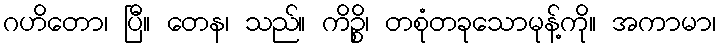
ဂဟိတော၊ ပြီ။ တေန၊ သည်။ ကိဉ္စိ၊ တစုံတခုသောမုန့်ကို။ အကာမာ၊